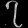
Digit: ၇